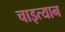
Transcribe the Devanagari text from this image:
चाइत्यान